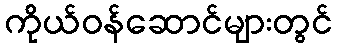
ကိုယ်ဝန်ဆောင်များတွင်